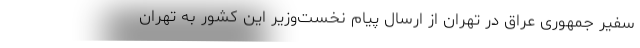
سفیر جمهوری عراق در تهران از ارسال پیام نخست‌وزیر این کشور به تهران